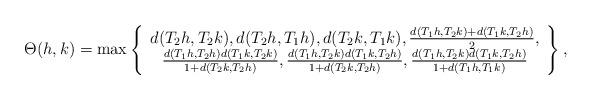
LaTeX: \begin{align*}\Theta(h,k) =\max \left\{\begin{array}{cc}d(T_2h,T_2k),d(T_2h,T_1h),d(T_2k,T_1k), \frac{d(T_1h,T_2k)+d(T_1k,T_2h)}{2},\\\frac{d(T_1h,T_2 h)d(T_1k,T_2k)}{1 + d(T_2 k, T_2 h)}, \frac{d(T_1 h, T_2 k)d(T_1 k, T_2h)}{1 + d(T_2 k, T_2 h)},\frac{d(T_1 h, T_2 k)d(T_1 k,T_2 h)}{1 + d(T_1h, T_1k)} \end{array} \right\},\end{align*}